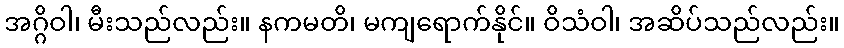
အဂ္ဂိဝါ၊ မီးသည်လည်း။ နကမတိ၊ မကျရောက်နိုင်။ ဝိသံဝါ၊ အဆိပ်သည်လည်း။